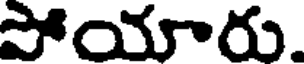
పోయారు.